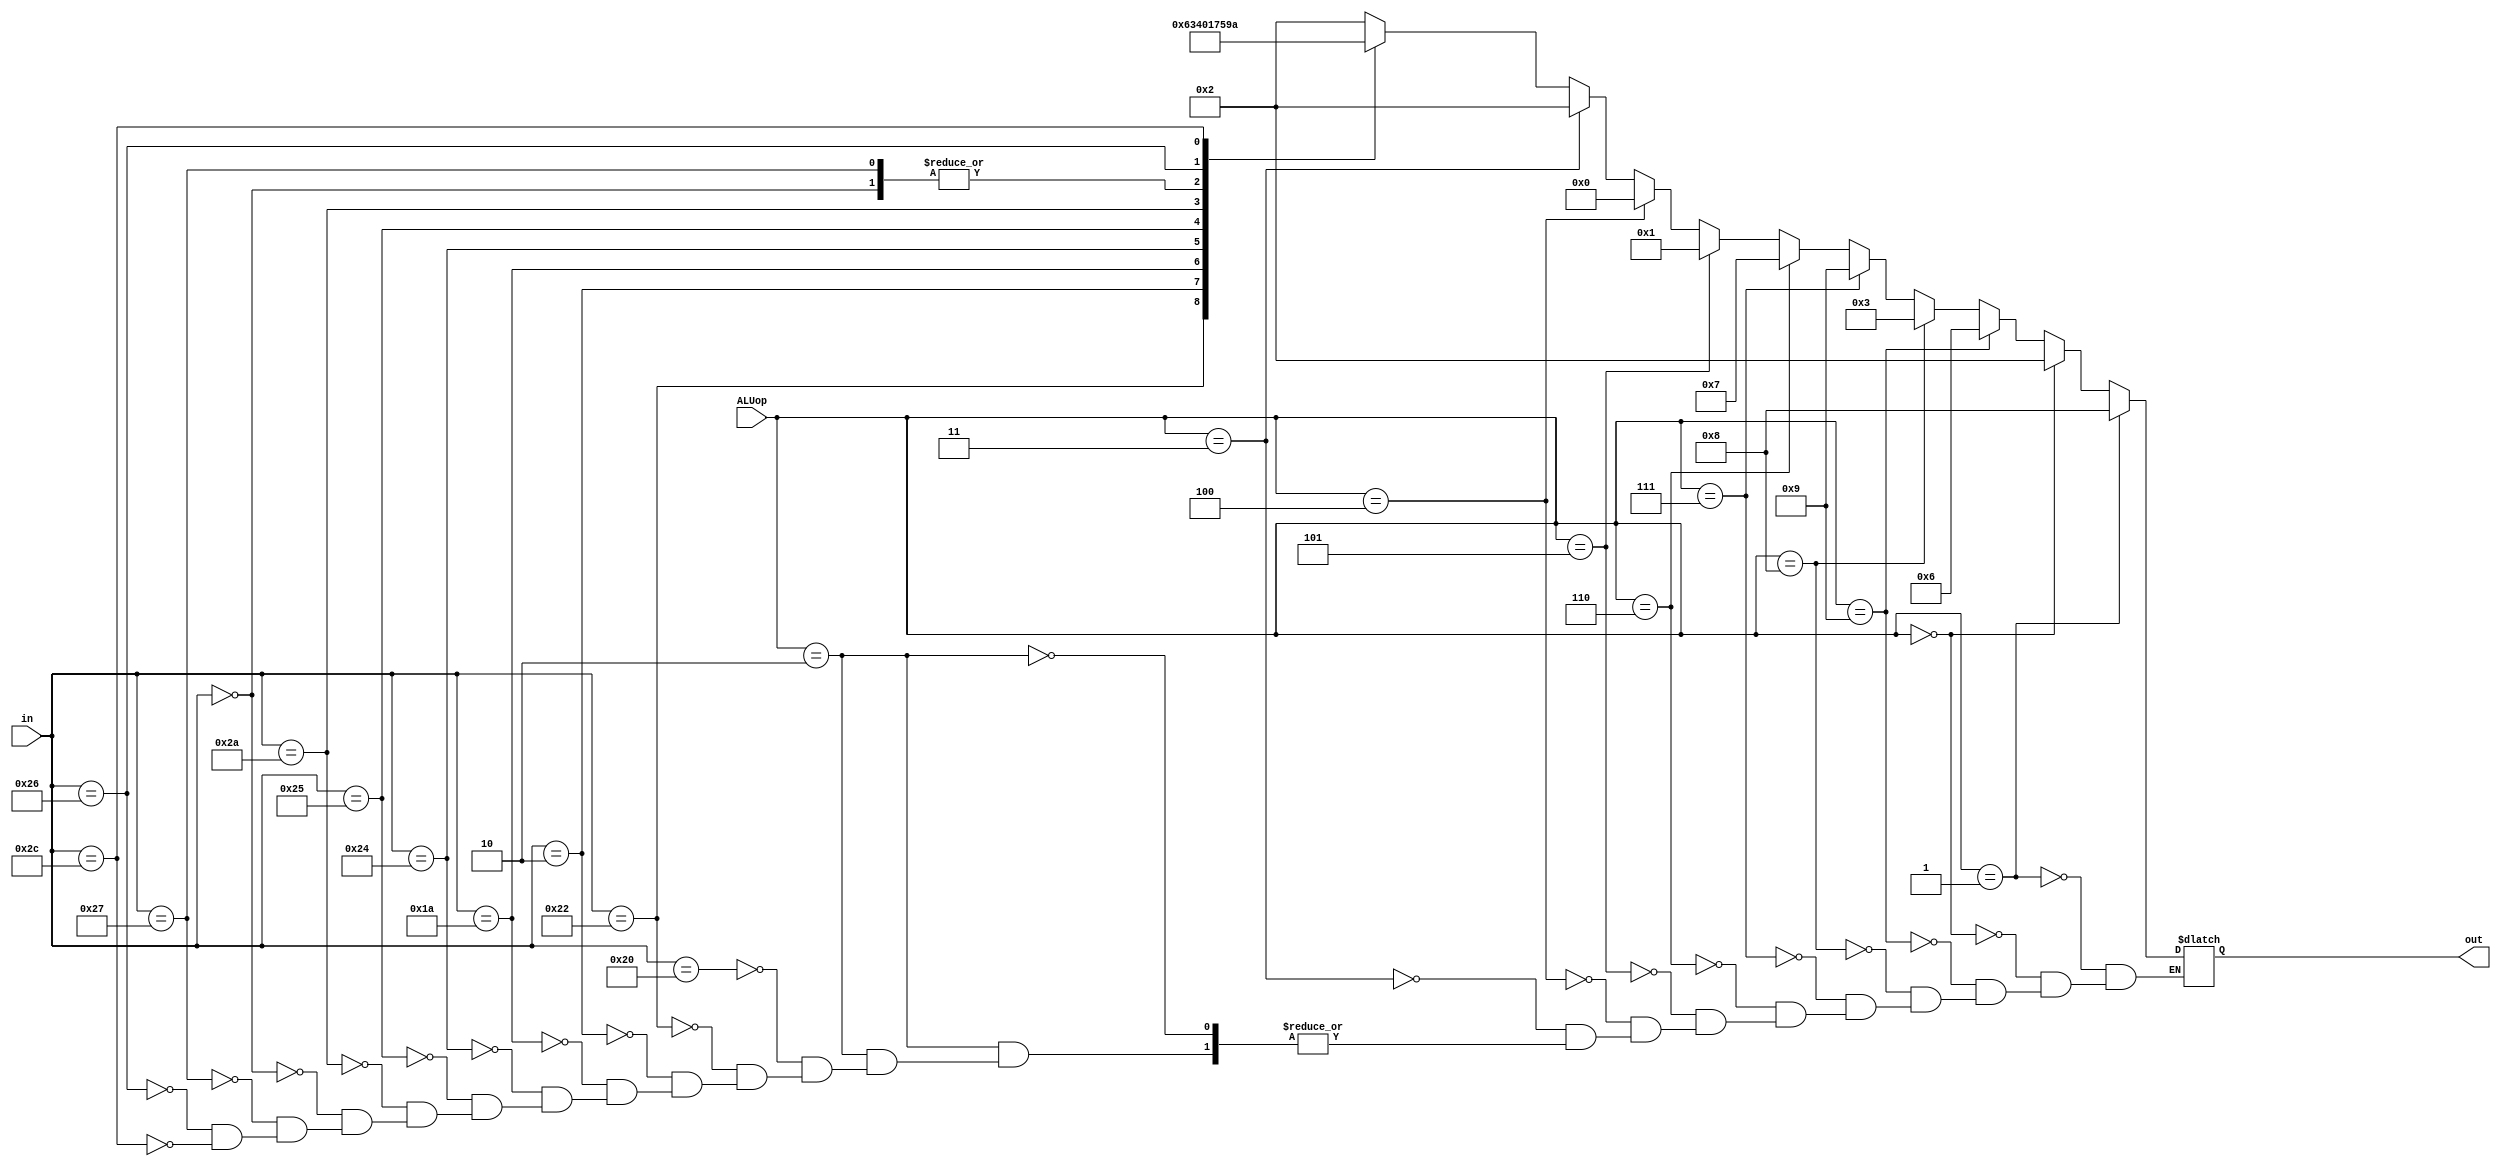
module aluControl(
	input [3:0] ALUop,
	input [5:0]in,
	output reg[3:0]out
);
always@(*)
begin
	if (ALUop == 4'b0010)begin
		case (in)
		// SUMA
		6'b 100000: out = 4'b 0010;
		// RESTA
		6'b 100010: out = 4'b 0110;
		// MULTIPLICACION
		6'b 000010: out = 4'b 0011;
		// DIVISION
		6'b 011010: out = 4'b 0100;
		//AND
		6'b 100100: out = 4'b 0000;
		//OR
		6'b 100101: out = 4'b 0001;
		//Slt
		6'b 101010: out = 4'b 0111;
		//NOP
		6'b 000000: out = 4'b 0101;
		//NOR
		6'b 100111: out = 4'b 0101;
		//XOR
		6'b 100110: out = 4'b 1001;
		//NAND
		6'b 101100: out = 4'b 1010;
		endcase
	end
	
	if(ALUop == 4'd3)begin
		//Addi
		out = 4'b 0010;
		end
	if(ALUop == 4'd4)begin
		//Andi
		out = 4'b 0000;
		end
	if(ALUop == 4'd5)begin
		//Ori
		out = 4'b 0001;
		end
	if(ALUop == 4'd6) begin
		//Slti
		out = 4'b 0111;
		end
	if(ALUop == 4'd7)begin
		//xori
		out = 4'b 1001;
		end
	if(ALUop == 4'd8)begin
		//multi
		out = 4'b 0011;
		end
	if(ALUop == 4'd9)begin
		//subi
		out = 4'b 0110;
		end	
	if(ALUop == 4'b0000) begin
	   //Sw y Lw
		out = 4'b0010;
	end
	
	if(ALUop == 4'b0001) begin
		//BEQ
		out = 4'b 1000;
	end
	
end
	


endmodule